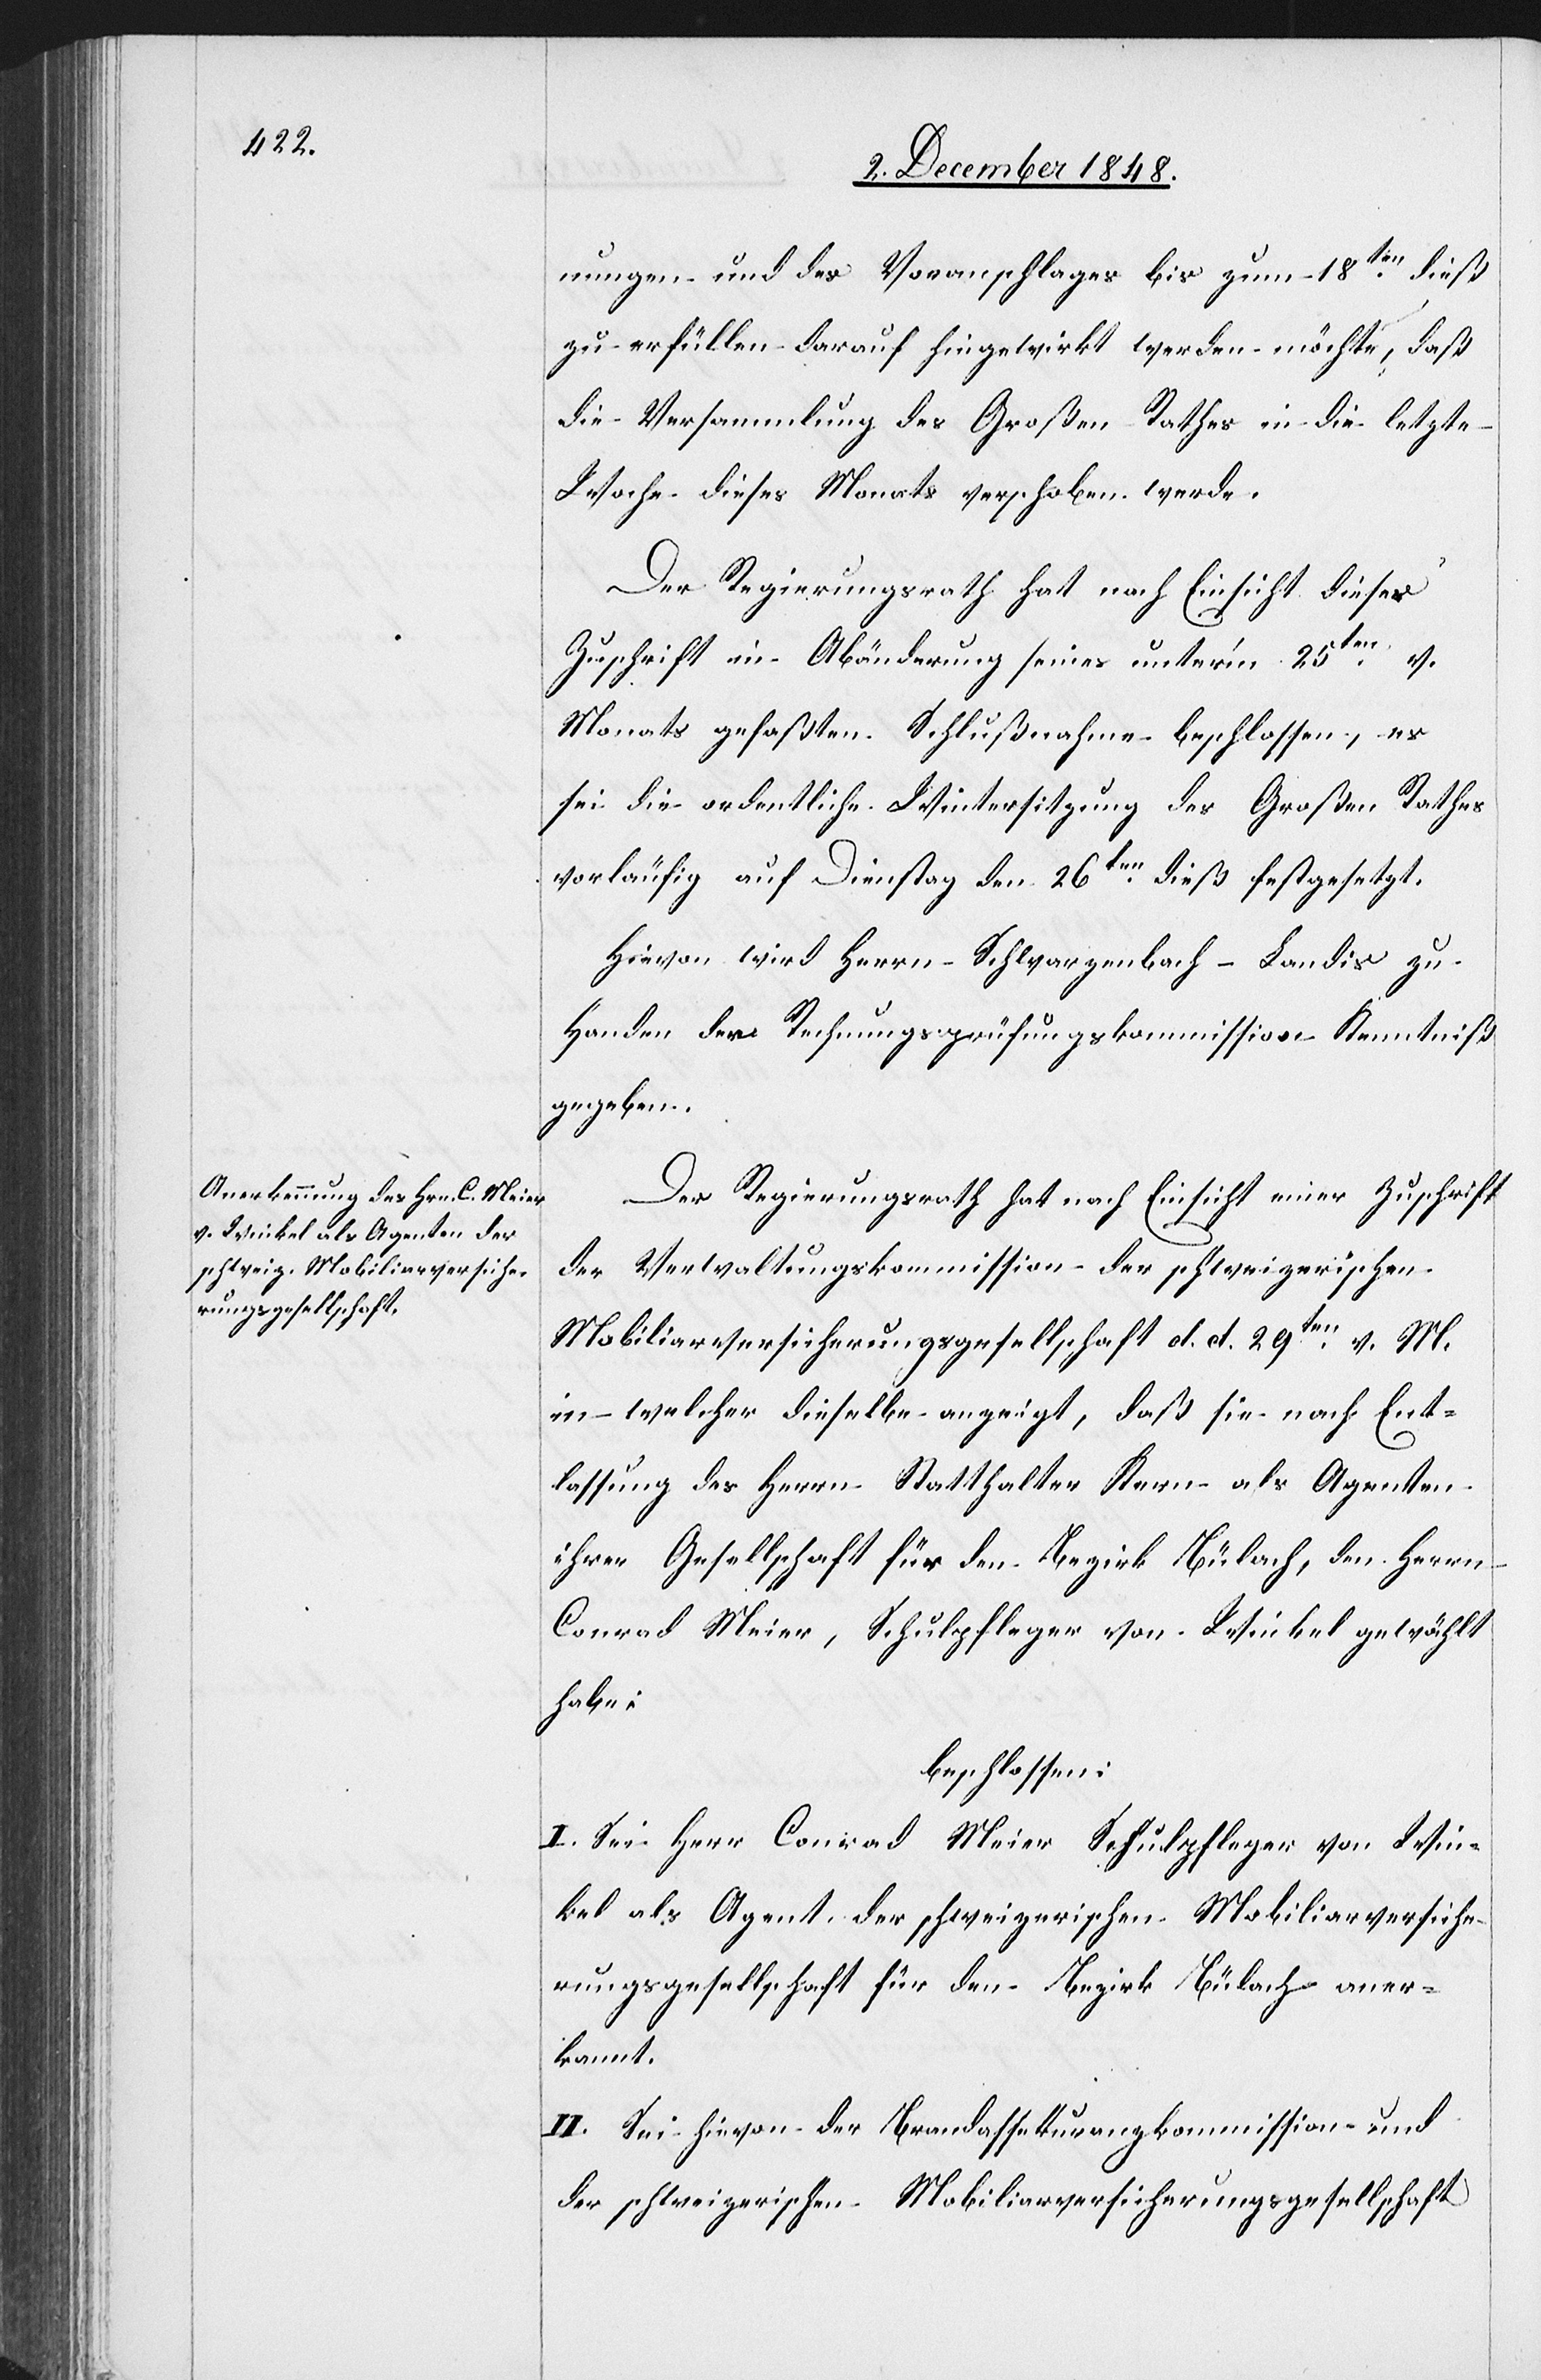
nungen und des Voranschlages bis zum 18ten dieß
zu erfüllen darauf hingewirkt werden möchte, daß
die Versammlung des Großen Rathes in die letzte
Woche dieses Monats verschoben werde.
Der Regierungsrath hat nach Einsicht dieser
Zuschrift in Abänderung seines unter’m 25ten v.
Monats gefaßten Schlußnahme beschlossen, es
sei die ordentliche Wintersitzung des Großen Rathes
vorläufig auf Dienstag den 26ten dieß festgesetzt.
Hievon wird Herrn Schwarzenbach-Landis zu
Handen der Rechnungsprüfungskommission Kenntniß
gegeben.
Der Regierungsrath hat nach Einsicht einer Zuschrift
der Verwaltungskommission der schweizerischen
Mobiliarversicherungsgesellschaft d. d. 29ten v. M.
in welcher dieselbe anzeigt, daß sie nach Ent¬
lassung des Herrn Statthalter Kern als Agenten
ihrer Gesellschaft für den Bezirk Bülach, den Herrn
Conrad Meier, Schulpfleger von Winkel gewählt
habe;
beschlossen:
I. Sei Herr Conrad Meier Schulpfleger von Win¬
kel als Agent der schweizerischen Mobiliarversiche¬
rungsgesellschaft für den Bezirk Bülach aner¬
kannt.
II. Sei hievon der Brandassekuranzkommission und
der schweizerischen Mobiliarversicherungsgesellschaft